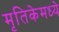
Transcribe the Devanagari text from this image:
मृतिकेमध्ये